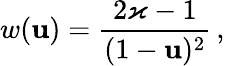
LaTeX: w(\mathbf{u})=\frac{{2\varkappa-1}}{{(1-\mathbf{u})^{2}}}\, ,